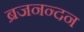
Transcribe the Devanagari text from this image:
ब्रजनन्दन